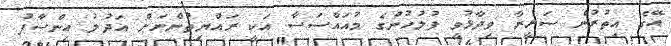
އޭގެ އިތުރުން ސަރީރާ ވިދާޅުވީ ފުލުހުންގެ މުއައްސަސާ އަކީ ރައްޔިތުންނަށް އަދުލު އިންސާފު